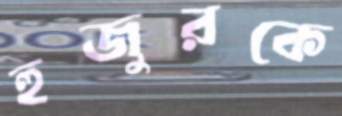
হুজুরকে